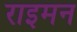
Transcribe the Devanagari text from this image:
राइमन